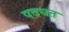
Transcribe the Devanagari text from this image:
पदधत